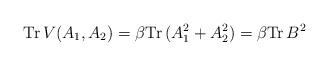
LaTeX: \begin{align*}\mbox{Tr} \, V(A_1 ,A_2 ) = \beta \mbox{Tr} \, (A_1^2 + A_2^2 )=\beta \mbox{Tr} \, B^2\end{align*}